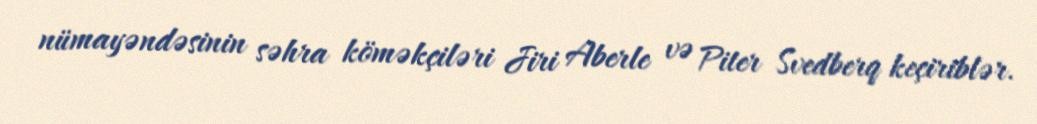
nümayəndəsinin səhra köməkçiləri Jiri Aberle və Piter Svedberq keçiriblər.